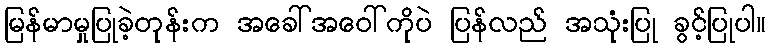
မြန်မာမှုပြုခဲ့တုန်းက အခေါ်အဝေါ်ကိုပဲ ပြန်လည် အသုံးပြု ခွင့်ပြုပါ။